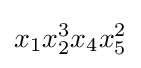
x_{1}x_{2}^{3}x_{4}x_{5}^{2}